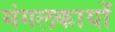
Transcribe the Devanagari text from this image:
मंगलकायाँ